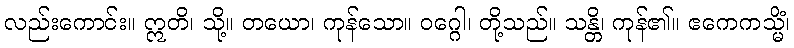
လည်းကောင်း။ ဣတိ၊ သို့။ တယော၊ ကုန်သော။ ဝဂ္ဂေါ၊ တို့သည်။ သန္တိ၊ ကုန်၏။ ဧကေကသ္မိံ၊